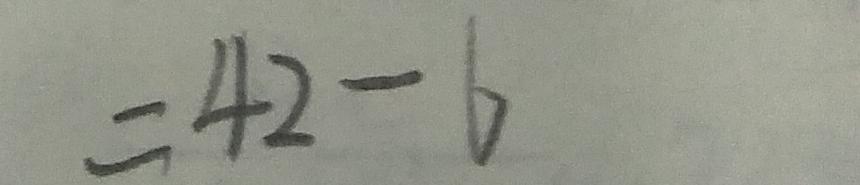
= 4 2 - 6